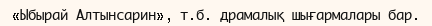
«Ыбырай Алтынсарин», т.б. драмалық шығармалары бар.